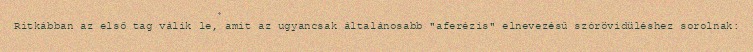
Ritkábban az első tag válik le, amit az ugyancsak általánosabb "aferézis" elnevezésű szórövidüléshez sorolnak: